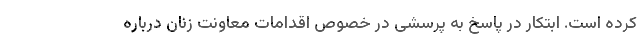
کرده است. ابتکار در پاسخ به پرسشی در خصوص اقدامات معاونت زنان درباره